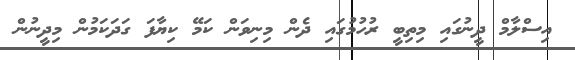
އިސްލާމް ދީނުގައި މިތިބީ ރުހުމުގައި ދެން މިނިވަން ކަމޭ ކިޔާފަ ގަދަކަމުން މިދީނުން